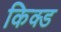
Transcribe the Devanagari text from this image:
किक्ड